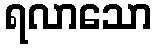
ရလာသော